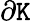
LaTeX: \partial\mathtt{K}